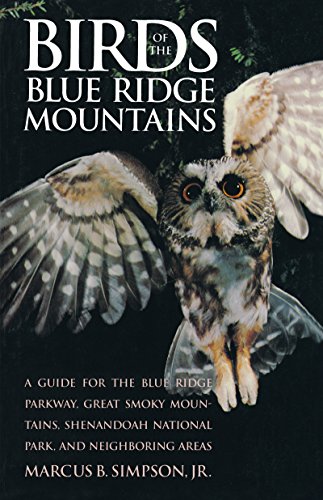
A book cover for Birds of the Blue Ridge Mountains: A Guide for the Blue Ridge Parkway, Great Smoky Mountains, Shenandoah National Park, and Neighboring Areas; Marcus B. Simpson; Travel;